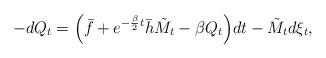
LaTeX: \begin{align*}-dQ_t=\Big(\bar{f}+e^{-\frac{\beta}{2}t}\bar{h}\tilde{M}_t-\beta Q_t\Big)dt-\tilde{M}_td\xi_t,\end{align*}